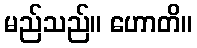
မည်သည်။ ဟောတိ။